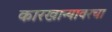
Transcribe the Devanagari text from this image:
कारखान्यावरचा